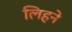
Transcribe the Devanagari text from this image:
लिहने